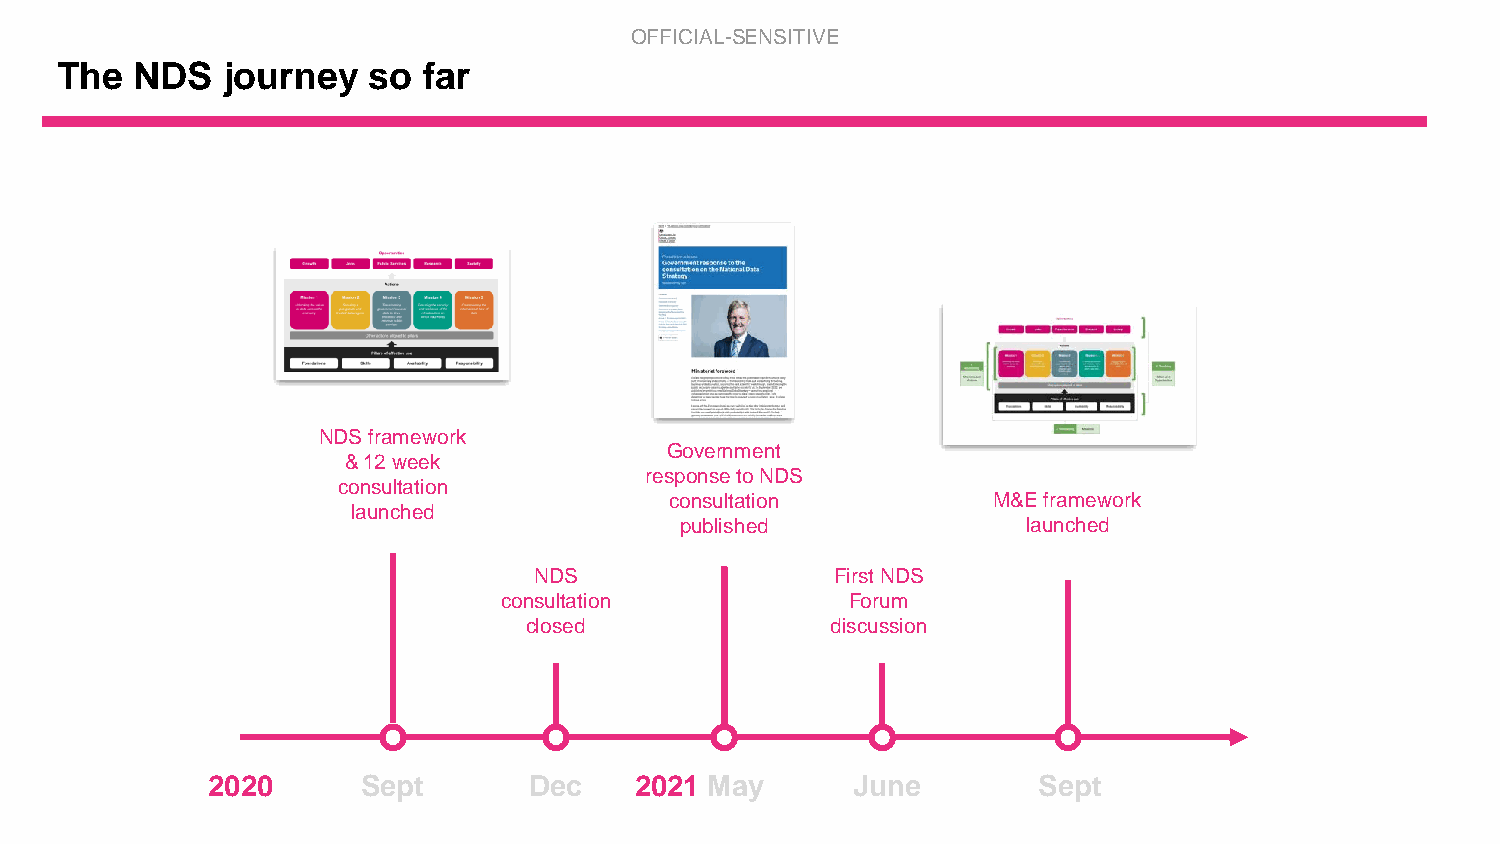
OFFICIAL-SENSITIVE
 The  NDS   journey  so  far
 NDS framework
 Government
 & 12 week
 response to NDS
 consultation
 consultation          M&E framework
 launched
 published              launched
 NDS                 First NDS
 consultation           Forum
 closed              discussion
 2020      Sept       Dec    2021 May      June         Sept